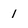
Character: 1